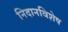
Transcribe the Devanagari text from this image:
निदानविशेष